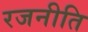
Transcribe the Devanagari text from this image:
रजनीति